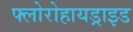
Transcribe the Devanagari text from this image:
फ्लोरोहायड्राइड